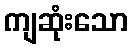
ကျဆုံးသော